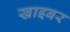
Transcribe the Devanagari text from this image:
खाइबर